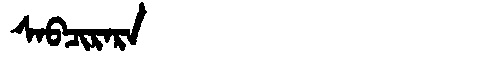
Manchu: ᠰᠠᠪᠴᡳᡵᠠᡵᠠ
Romanization: SABCIRARA